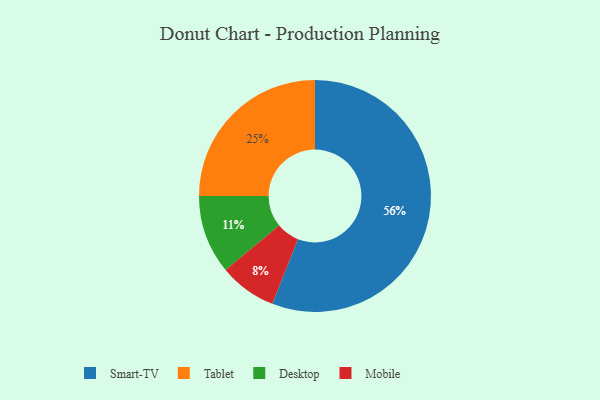
{"axis": {"x": "Category", "y": "Percentage"}, "legend": ["Desktop", "Mobile", "Smart-TV", "Tablet"], "data": [{"x": "Mobile", "y": 8, "type": "Mobile"}, {"x": "Tablet", "y": 25, "type": "Tablet"}, {"x": "Desktop", "y": 11, "type": "Desktop"}, {"x": "Smart-TV", "y": 56, "type": "Smart-TV"}]}